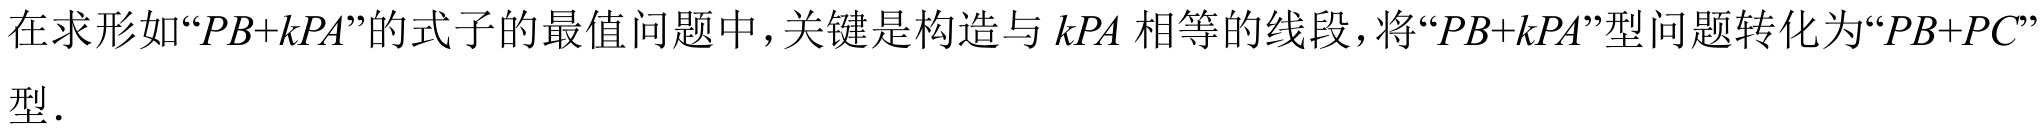
在求形如“\(PB + kPA\)”的式子的最值问题中，关键是构造与 \(kPA\) 相等的线段，将“\(PB + kPA\)”型问题转化为“\(PB + PC\)”型.